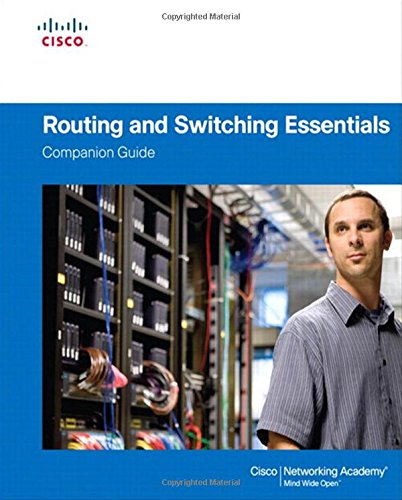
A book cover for Routing and Switching Essentials  Companion Guide; Cisco Networking Academy; Computers & Technology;